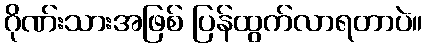
ဂိုဏ်းသားအဖြစ် ပြန်ထွက်လာရတာပဲ။